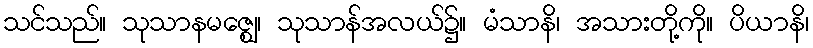
သင်သည်။ သုသာနမဇ္ဈေ၊ သုသာန်အလယ်၌။ မံသာနိ၊ အသားတို့ကို။ ပိယာနိ၊